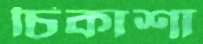
চিকাশা